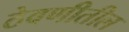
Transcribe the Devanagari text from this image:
ठेवणीतील